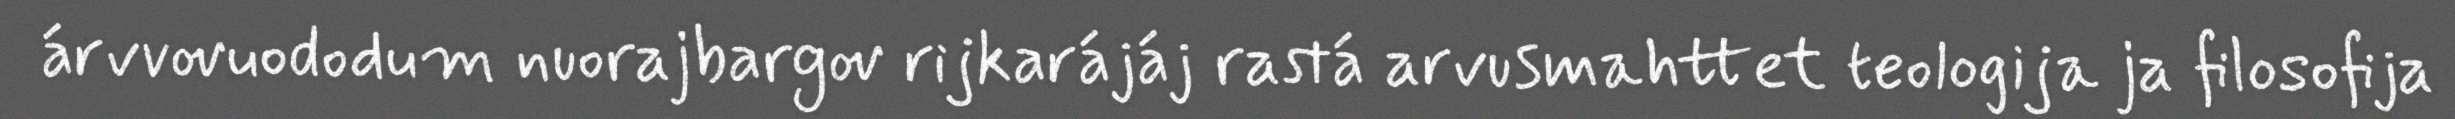
árvvovuododum nuorajbargov rijkarájáj rastá arvusmahttet teologija ja filosofija